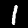
Label: 1